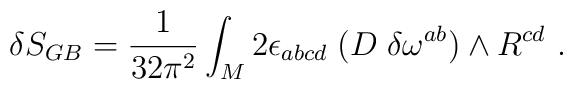
\delta S_{GB}=  {1\over 32 \pi^2}\int_M  2 \epsilon_{abcd}\; (D\;  \delta \omega^{ab})  \wedge R^{cd} \ .